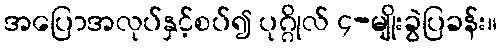
အပြောအလုပ်နှင့်စပ်၍ ပုဂ္ဂိုလ် ၄-မျိုးခွဲပြခန်း။